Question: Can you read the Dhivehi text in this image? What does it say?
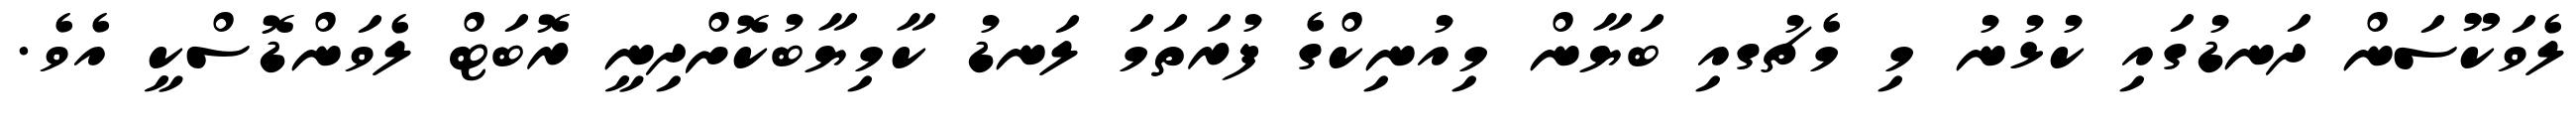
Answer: ލެވަކޫސަން ދަނޑުގައި ކުޅުނު މި މެޗުގއި ބަޔާން މިއުނިކްގެ ފުރަތަމަ ލަނޑު ކާމިޔާބުކޮށްދިނީ ރޮބަޓް ލެވަންޑޮސްކީ އެވެ.